Indian journal of veterinary science and animal husbandry - Volume 2,
Year: 1932
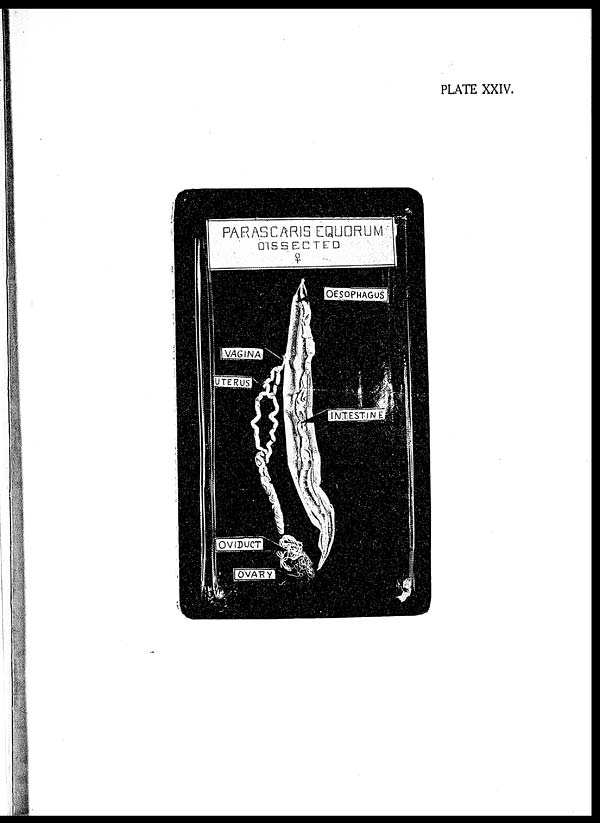
PLATE XXIV.